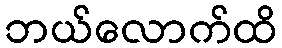
ဘယ်လောက်ထိ